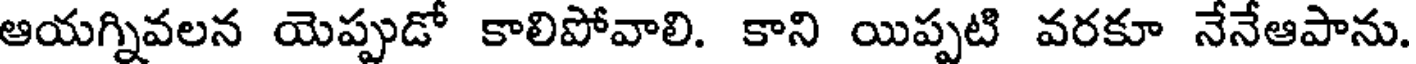
ఆయగ్నివలన యెప్పుడో కాలిపోవాలి. కాని యిప్పటి వరకూ నేనేఆపాను.